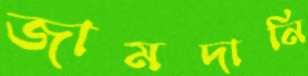
জামদানি